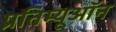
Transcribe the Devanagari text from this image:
प्रतिम्यूऑन